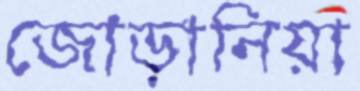
জোড়ানিয়া